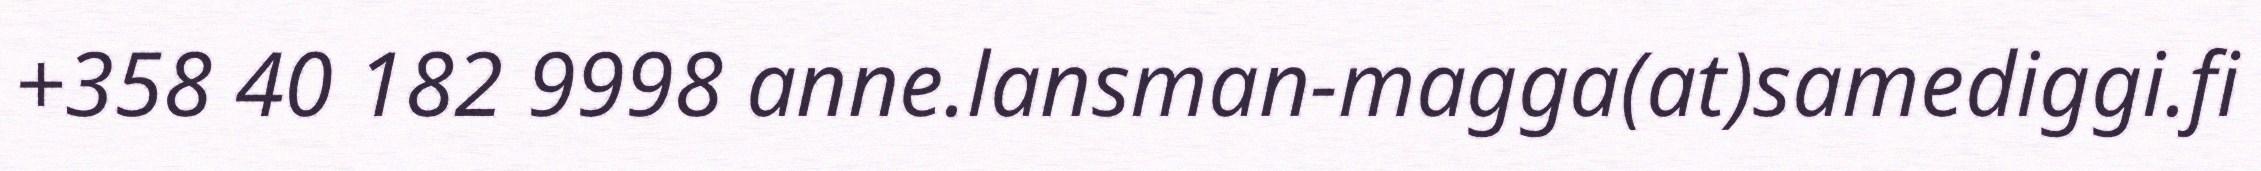
+358 40 182 9998 anne.lansman-magga(at)samediggi.fi